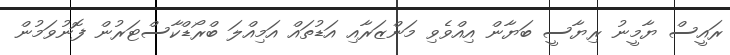
ރައީސް ޔާމީނު ރިޔާސީ ބަޔާން އިއްވެވި މަންޒަރާއި އަޑުތައް އަމިއްލަ ބްރޯޑްކާސްޓަރުން ފޮނުވަމުން